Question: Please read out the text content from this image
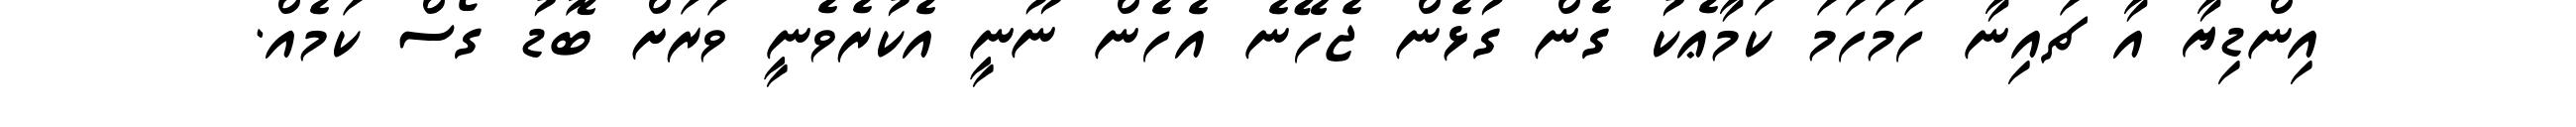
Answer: އިންޑިޔާ އާ ޗައިނާ ހަމަހަމަ ކަމާޢެކު ގެން ގުޅެން ޖެހޭނެ އެހެން ނޫނީ އެކުރެވެނީ ވަރަށް ބޮޑު ގޯސް ކަމެއް.